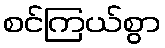
စင်ကြယ်စွာ